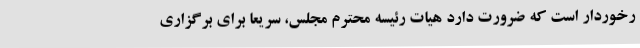
رخوردار است که ضرورت دارد هیات رئیسه محترم مجلس، سریعاً برای برگزاری